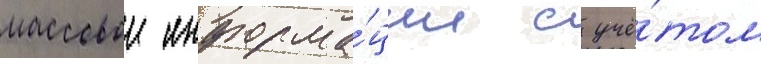
массовои информа́ции с учё́том